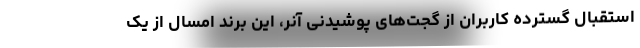
استقبال گسترده کاربران از گجت‌های پوشیدنی آنر، این برند امسال از یک